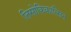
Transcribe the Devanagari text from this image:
तिसोकिकात्सिन